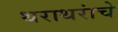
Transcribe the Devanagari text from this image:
थराथरांचे